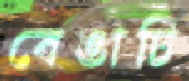
বেঙাচি